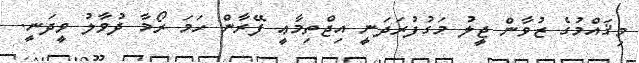
މިޤައްމުގެ ޒުވާން ޖީލު މަގުފުރަދަނީ އިޖްތިމާޢީ ފޭރާން ހަމަ ރޯމާ ދުވާލު ވީދަނީ.